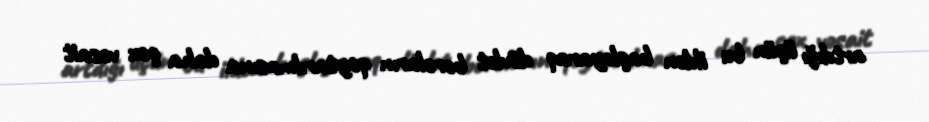
artdığı üçün bu ildən başlayaraq dövlət borcların qaytarılmasına daha çox vəsait